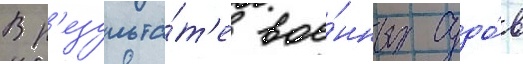
В р'езульта́т'е вое́нных судо́в